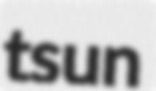
tsun